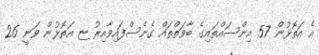
އެ އަތޮޅުން 57 އިންސައްތައިގެ ބާވަތްތައް ގެނެސްފައިވާއިރު ޏ އަތޮޅުން ވަނީ 26